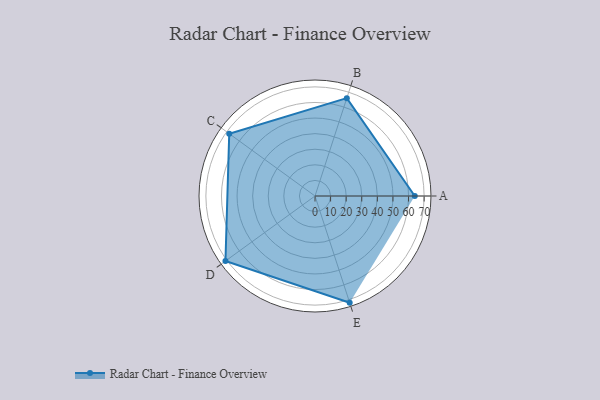
{"axis": {"x": "Skill", "y": "Score"}, "legend": ["Profile"], "data": [{"x": "A", "y": 64.0, "type": "Profile"}, {"x": "B", "y": 66.0, "type": "Profile"}, {"x": "C", "y": 68.0, "type": "Profile"}, {"x": "D", "y": 71.0, "type": "Profile"}, {"x": "E", "y": 72.0, "type": "Profile"}]}